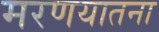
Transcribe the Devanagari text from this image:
मरणयातना